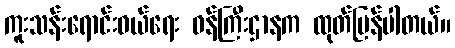
ကူးသန်းရောင်းဝယ်ရေး ဝန်ကြီးဌာနက ထုတ်ပြန်ပါတယ်။